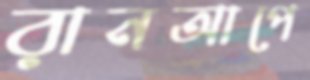
রানআপে